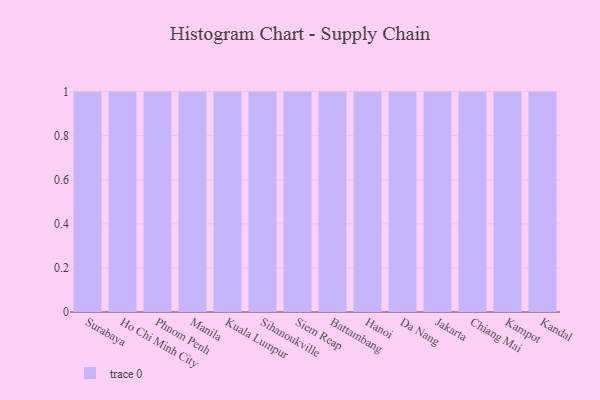
{"axis": {"x": "City", "y": "Budget (USD K)"}, "legend": [""], "data": [{"x": "Surabaya", "y": 33, "type": ""}, {"x": "Ho Chi Minh City", "y": 87, "type": ""}, {"x": "Phnom Penh", "y": 89, "type": ""}, {"x": "Manila", "y": 13, "type": ""}, {"x": "Kuala Lumpur", "y": 66, "type": ""}, {"x": "Sihanoukville", "y": 53, "type": ""}, {"x": "Siem Reap", "y": 51, "type": ""}, {"x": "Battambang", "y": 13, "type": ""}, {"x": "Hanoi", "y": 90, "type": ""}, {"x": "Da Nang", "y": 77, "type": ""}, {"x": "Jakarta", "y": 15, "type": ""}, {"x": "Chiang Mai", "y": 76, "type": ""}, {"x": "Kampot", "y": 62, "type": ""}, {"x": "Kandal", "y": 48, "type": ""}]}